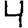
Digit: 4